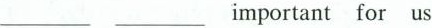
___ ___ important for us